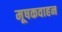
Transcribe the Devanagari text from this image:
मूषकवाहन